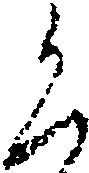
く